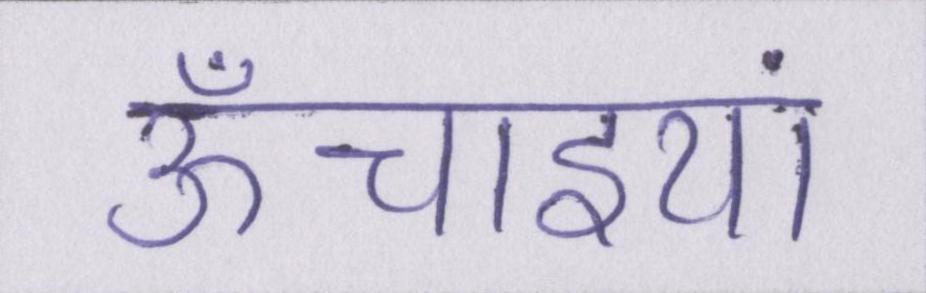
ऊँचाइयां